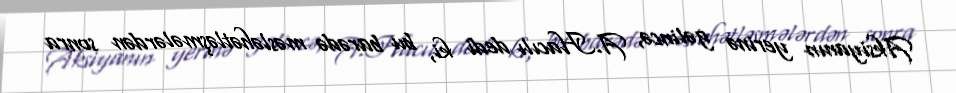
Aksiyanın yerinə gəlincə, A.Hacılı dedi ki, bu barədə məsləhətləşmələrdən sonra